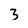
Character: 3